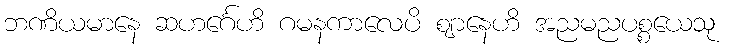
ဘဏိယမာနေ ဆဟင်္ဂေဟိ ဂမနကာလေပိ ဈာနေဟိ အညမညပစ္စယေသု